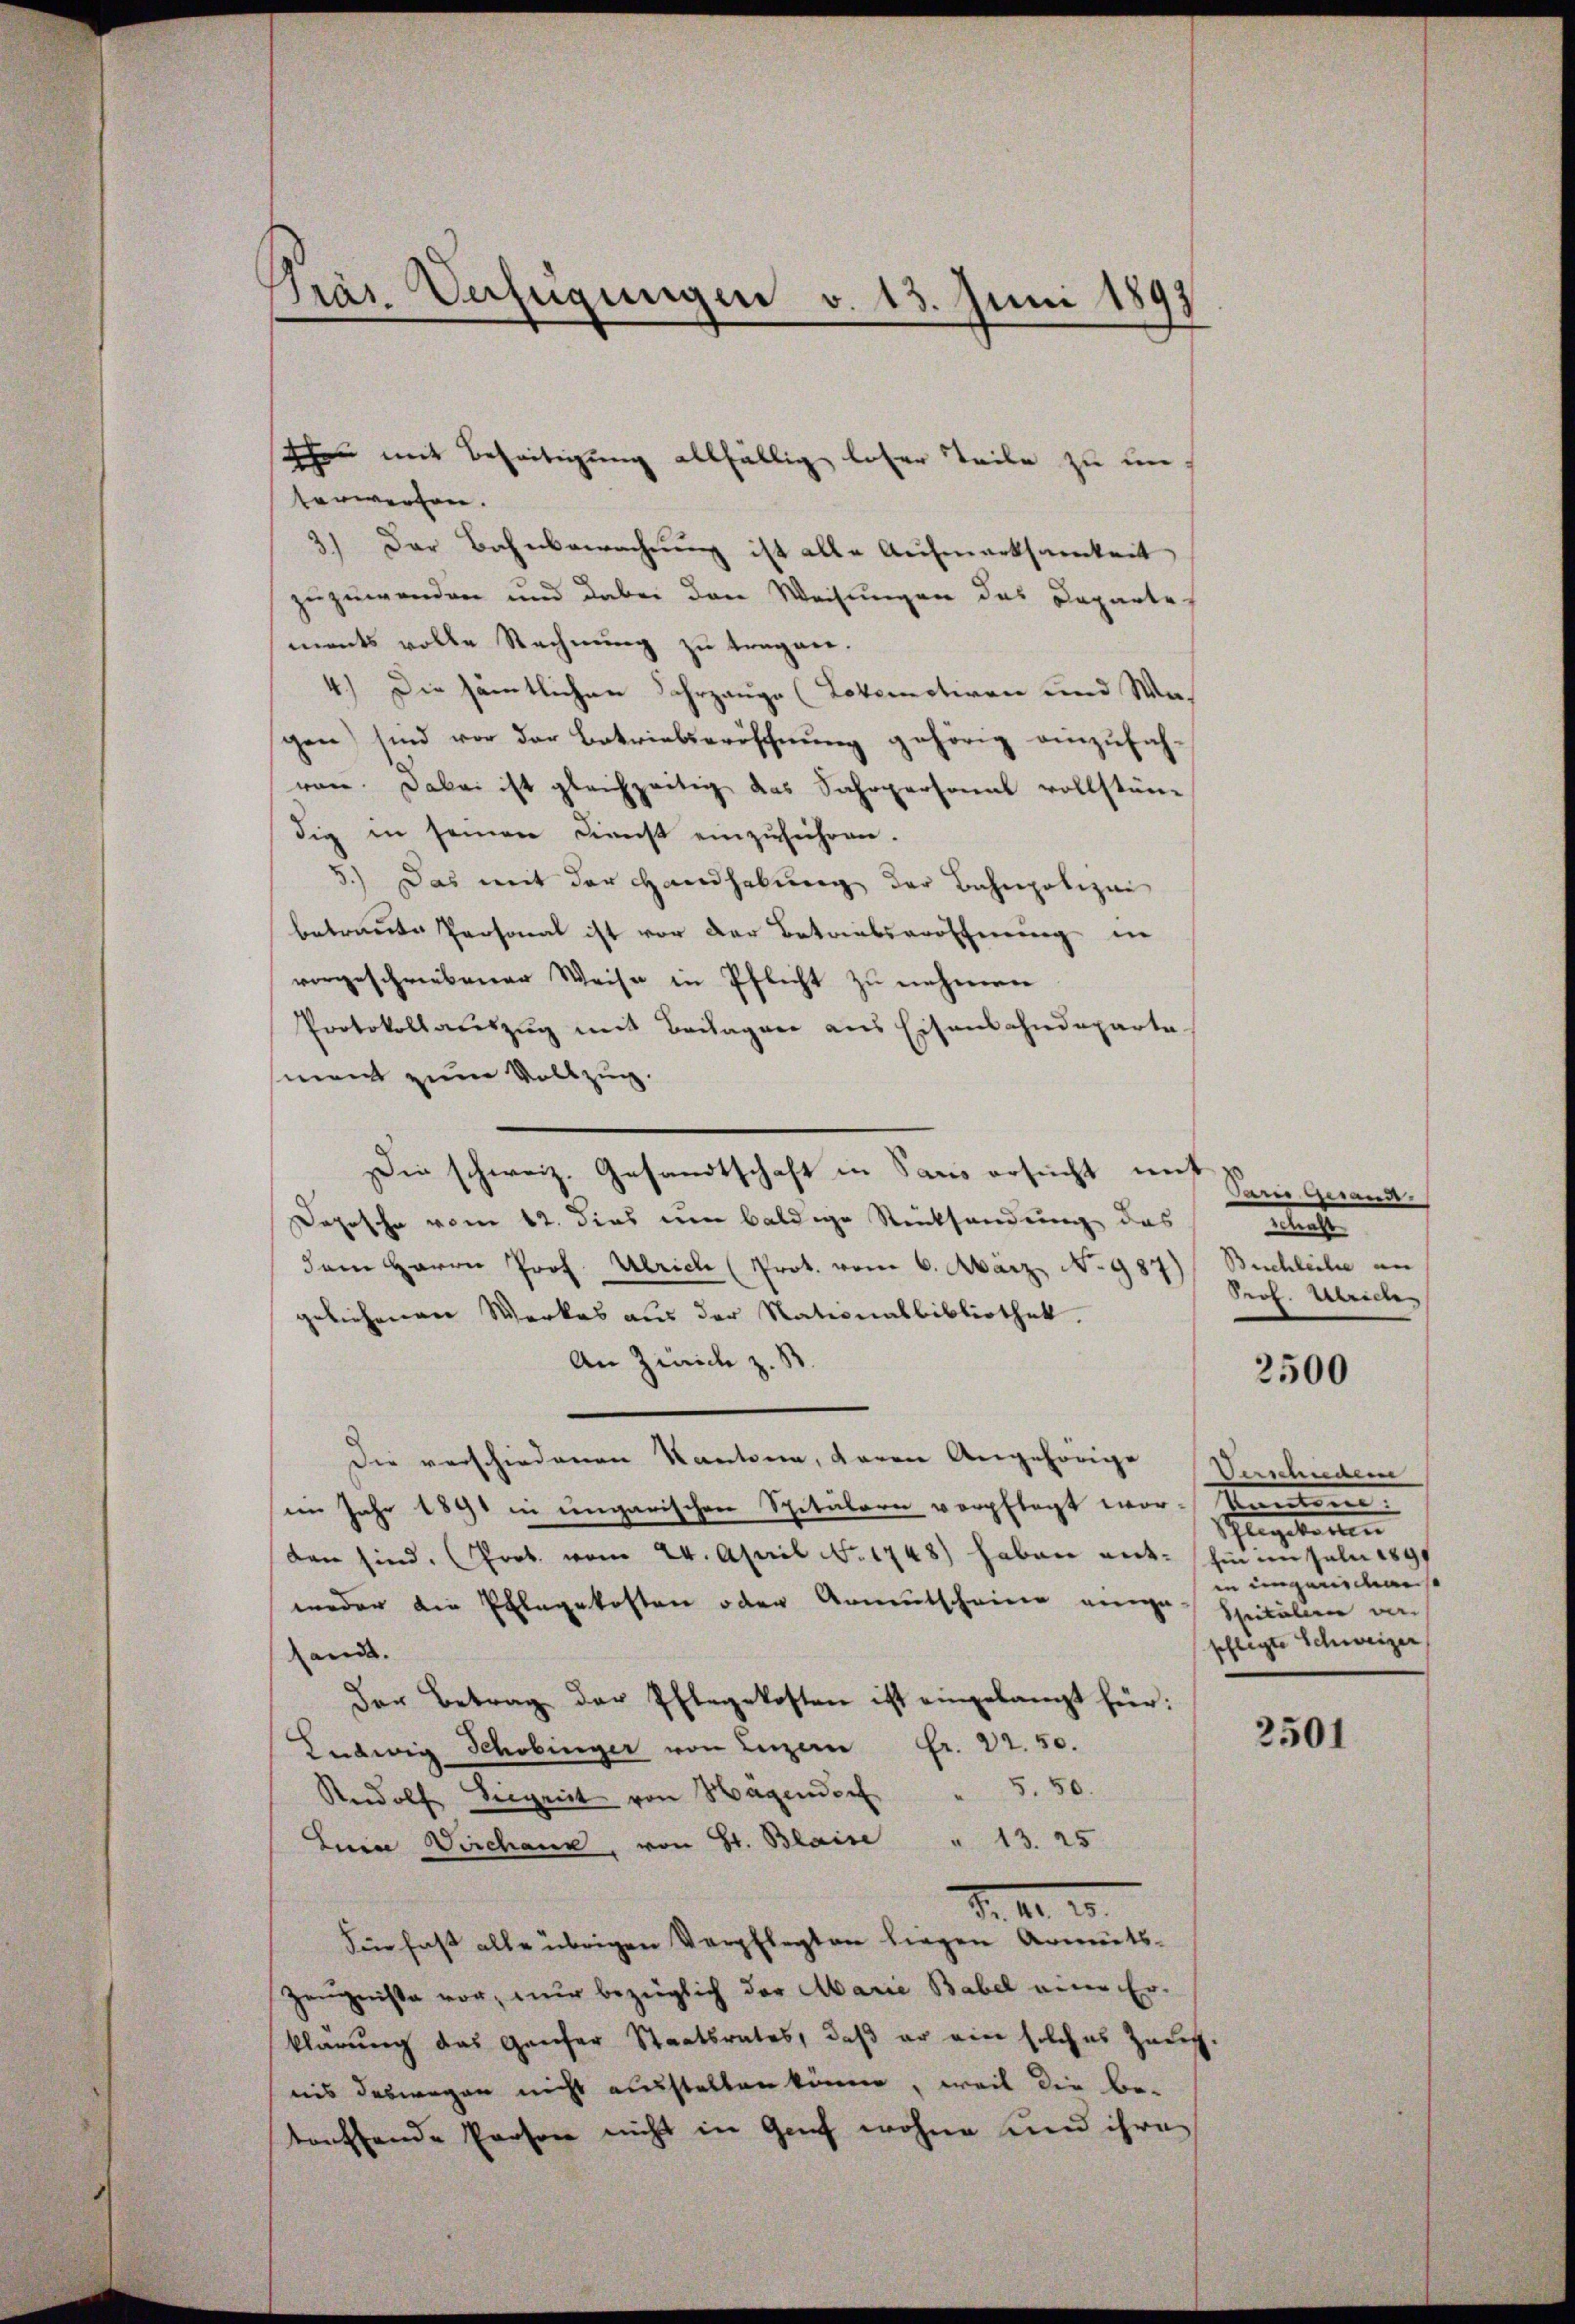
Prar. Verfügungen v. 13. Juni 1893

terwerfen.
3.) Der Bahnbewachung ist alle Aufmerksamkeit
zuzuwenden und dabei den Weisungen das Departe
ments volle Rechnung zu tragen.
4.) Die sämtlichen Jahrgange (Lokomotiven und Was
gen) sind vor der Betriebseröffnung gehörig einzufahren. Dabei ist gleichzeitig das Fahrpersonal vollstän
dig in seinen Dienst einzuführen.
5.) Das mit der Handhabung der Bahnpolizei
betraute Personal ist vor der Betriebseröffnung in
vorgeschriebener Weise in Pflicht zu nehmen
Protokollauszug mit Bedagare aus Eisenbahndeparte
ment zum Vollzug.
undt |
Depesche vom 12. dies um baldige Rücksendung des
dem Herrn Prof. Ulrich (Prot. vom 6. März No 987) Buchleihe an
geliehenen Werkes aus der Nationalbibliothek.
An Zürich z. B.
Die verschiedenen Kantone, daran Angehörige
im Jahr 1891 in ungarischen Spitälern verpflegt wor-Namen.
dan sind. (Prot. vom 24. April No 1748) haben ant: hin im Juli 1890
weder die Ehlegekosten oder Armutscheine einge-
and. |
Der Betrag der Pflegekosten ist eingelangt für:
Ludwig Schobinger von Luzern Fr. 22.50.
Rudolf Seignit von Hagendorf " 5. 50.
Juin Dirchene, von St. Blaise " 13. 25
d. II. 10.
Sie fast alle übrigen Verpflegten liegen Armuts-
Zeugnisse vor, nur bezüglich der Marie Babel eine Er-
klärung das Hauser Staatsrates, daß er ein solches Zürch.
nis deswegen nicht ausstellen könne, weil die Be-
treffende Person nicht in Genf wohne und ihre

r mit Beseitigung allfällig loser Teile zu un

Die schweiz. Gesandtschaft in Saus ersucht

Dann gesand.
schaft
Prof. Ulrich

2500

Versalen

in eingenies
Spitalien ver
pflegte Schweizer

2501